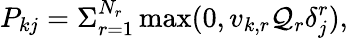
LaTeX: P_{kj}=\Sigma_{r=1}^{N_{r}}\operatorname*{max}(0,v_{k,r}\mathcal{Q}_{r}\delta_{j}^{r}),